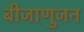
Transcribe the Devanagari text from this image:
बीजाणुजन